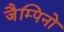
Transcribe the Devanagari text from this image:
जैम्पिनो